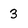
Character: 3